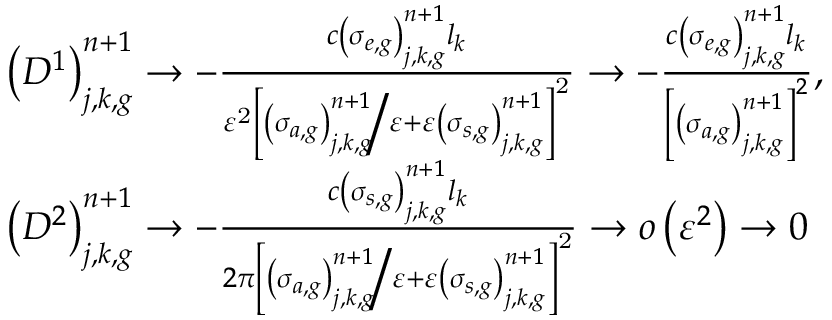
\begin{array} { l } { { \left( D ^ { 1 } \right) _ { j , k , g } ^ { n + 1 } \to - \frac { c \left( \sigma _ { e , g } \right) _ { j , k , g } ^ { n + 1 } l _ { k } } { \varepsilon ^ { \mathrm { 2 } } \left[ { \left( \sigma _ { a , g } \right) _ { j , k , g } ^ { n + 1 } \mathord { \left/ { \vphantom { \left( \sigma _ { a , g } \right) _ { j , k , g } ^ { n + 1 } \varepsilon } } \right. \kern - \nulldelimiterspace } \varepsilon } + \varepsilon \left( \sigma _ { s , g } \right) _ { j , k , g } ^ { n + 1 } \right] ^ { \mathrm { 2 } } } \to - \frac { c \left( \sigma _ { e , g } \right) _ { j , k , g } ^ { n + 1 } l _ { k } } { \left[ \left( \sigma _ { a , g } \right) _ { j , k , g } ^ { n + 1 } \right] ^ { 2 } } \mathrm { , } } } \\ { { \left( D ^ { 2 } \right) _ { j , k , g } ^ { n + 1 } \to - \frac { c \left( \sigma _ { s , g } \right) _ { j , k , g } ^ { n + 1 } l _ { k } } { 2 \pi \left[ { \left( \sigma _ { a , g } \right) _ { j , k , g } ^ { n + 1 } \mathord { \left/ { \vphantom { \left( \sigma _ { a , g } \right) _ { j , k , g } ^ { n + 1 } \varepsilon } } \right. \kern - \nulldelimiterspace } \varepsilon } + \varepsilon \left( \sigma _ { s , g } \right) _ { j , k , g } ^ { n + 1 } \right] ^ { \mathrm { 2 } } } \to o \left( \varepsilon ^ { 2 } \right) \to 0 } } \end{array}